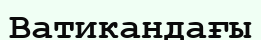
Ватикандағы